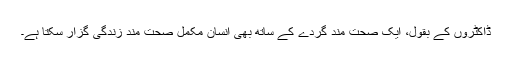
ڈاکٹروں کے بقول، ایک صحت مند گردے کے ساتھ بھی انسان مکمل صحت مند زندگی گزار سکتا ہے۔